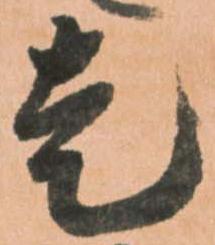
走